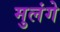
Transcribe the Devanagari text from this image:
मुलंगे